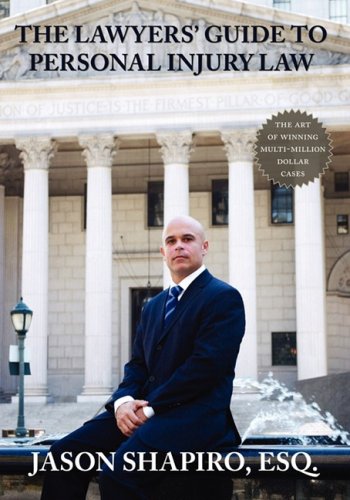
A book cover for The Lawyers' Guide to Personal Injury Law; Jason Shapiro; Law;